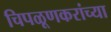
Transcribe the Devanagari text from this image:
चिपळूणकरांच्या